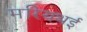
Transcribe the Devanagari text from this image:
मरियथई